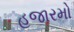
હજારમો